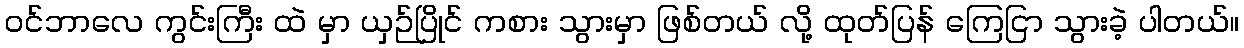
၀င်ဘာလေ ကွင်းကြီး ထဲ မှာ ယှဉ်ပြိုင် ကစား သွားမှာ ဖြစ်တယ် လို့ ထုတ်ပြန် ကြေငြာ သွားခဲ့ ပါတယ်။